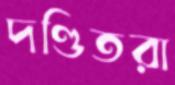
দণ্ডিতরা